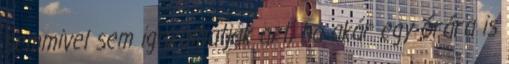
semmivel sem igazolhatják azt, ha akár egy órára is